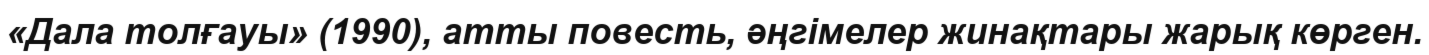
«Дала толғауы» (1990), атты повесть, әңгімелер жинақтары жарық көрген.